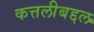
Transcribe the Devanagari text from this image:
कत्तलीबद्दल